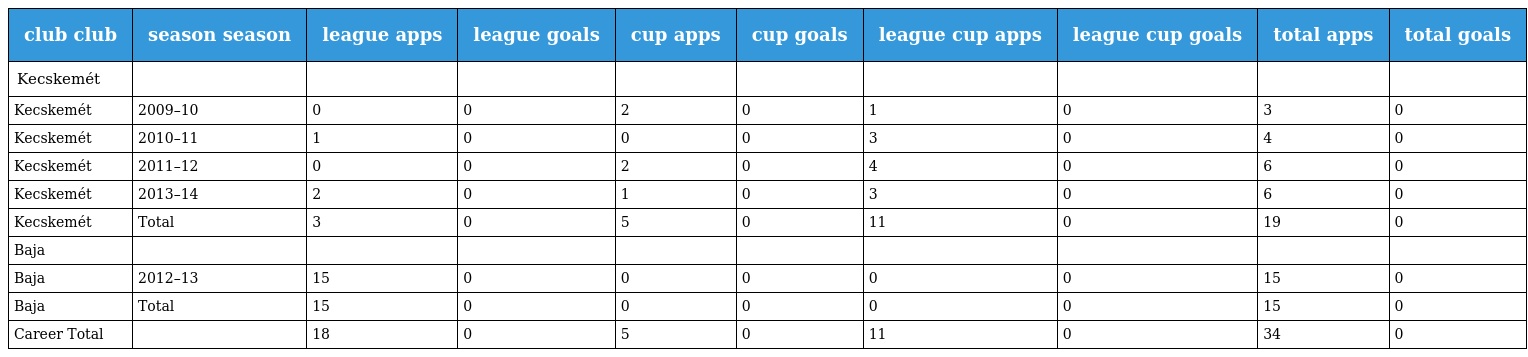
| club club | season season | league apps | league goals | cup apps | cup goals | league cup apps | league cup goals | total apps | total goals |
 | --- | --- | --- | --- | --- | --- | --- | --- | --- | --- |
 | Kecskemét |  |  |  |  |  |  |  |  |  |
 | Kecskemét | 2009–10 | 0 | 0 | 2 | 0 | 1 | 0 | 3 | 0 |
 | Kecskemét | 2010–11 | 1 | 0 | 0 | 0 | 3 | 0 | 4 | 0 |
 | Kecskemét | 2011–12 | 0 | 0 | 2 | 0 | 4 | 0 | 6 | 0 |
 | Kecskemét | 2013–14 | 2 | 0 | 1 | 0 | 3 | 0 | 6 | 0 |
 | Kecskemét | Total | 3 | 0 | 5 | 0 | 11 | 0 | 19 | 0 |
 | Baja |  |  |  |  |  |  |  |  |  |
 | Baja | 2012–13 | 15 | 0 | 0 | 0 | 0 | 0 | 15 | 0 |
 | Baja | Total | 15 | 0 | 0 | 0 | 0 | 0 | 15 | 0 |
 | Career Total |  | 18 | 0 | 5 | 0 | 11 | 0 | 34 | 0 |